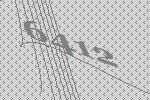
6412